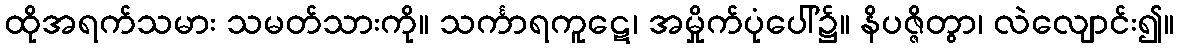
ထိုအရက်သမား သမတ်သားကို။ သင်္ကာရကူဋေ၊ အမှိုက်ပုံပေါ်၌။ နိပဇ္ဇိတွာ၊ လဲလျောင်း၍။